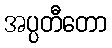
အပ္ပတီတော